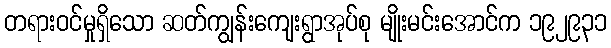
တရားဝင်မှုရှိသော ဆတ်ကျွန်းကျေးရွာအုပ်စု မျိုးမင်းအောင်က ၁၉၂၉၃၁